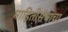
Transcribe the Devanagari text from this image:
माहितीसंचाचा